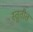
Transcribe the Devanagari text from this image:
स्तुतीत